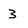
Character: 3